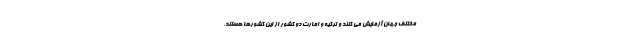
مختلف جهان آزمایش می کنند و ترکیه و امارت دو کشور از این کشورها هستند.